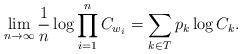
LaTeX: \begin{align*}\lim\limits_{n\to \infty}\frac{1}{n}\log \prod\limits_{i=1}^{n}C_{w_i}=\sum\limits_{k\in T} p_k \log C_k.\end{align*}